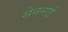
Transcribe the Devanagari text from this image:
सेननाई